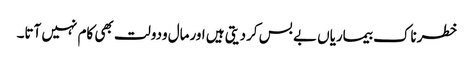
خطرناک بیماریاں بے بس کردیتی ہیں اورمال ودولت بھی کام نہیں آتا۔